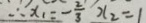
\therefore x _ { 1 } = - \frac { 2 } { 3 } x _ { 2 } = 1